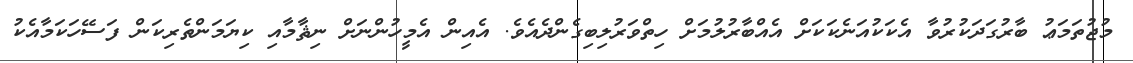
މުޖުތަމަޢު ބާރުގަދަކުރުވާ އެކަކުއަނެކަކަށް އެއްބާރުލުމަށް ހިތްވަރުލިބިގެންދެއެވެ. އެއިން އެމީހުންނަށް ނިޘާމާއި ކިޔަމަންތެރިކަން ފަސޭހަކަމާއެކު